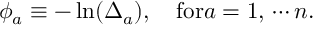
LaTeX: \phi _ { a } \equiv - \ln ( \Delta _ { a } ) , \quad \mathrm { f o r } a = 1 , \, \cdots n .